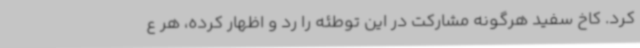
کرد. کاخ سفید هرگونه مشارکت در این توطئه را رد و اظهار کرده، هر ع